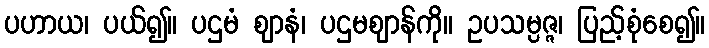
ပဟာယ၊ ပယ်၍။ ပဌမံ ဈာနံ၊ ပဌမဈာန်ကို။ ဥပသမ္ပဇ္ဇ၊ ပြည့်စုံစေ၍။